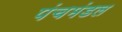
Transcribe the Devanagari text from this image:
पंचमंडल